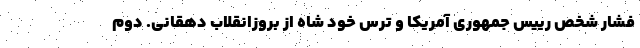
فشار شخص رییس جمهوری آمریکا و ترس خود شاه از بروزانقلاب دهقانی. دوم